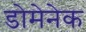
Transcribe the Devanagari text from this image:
डोमेनेक